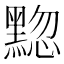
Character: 𫜚